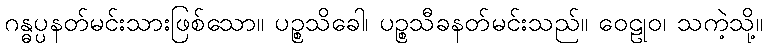
ဂန္ဓပ္ပနတ်မင်းသားဖြစ်သော။ ပဉ္စသိခေါ၊ ပဉ္စသီခနတ်မင်းသည်။ ဝေဠုဝ၊ သကဲ့သို့။